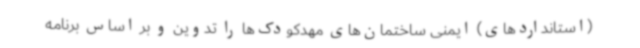
(استانداردهای) ایمنی ساختمان‌های مهدکودک‌ها را تدوین و بر اساس برنامه